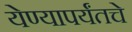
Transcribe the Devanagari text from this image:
येण्यापर्यंतचे